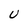
Character: U